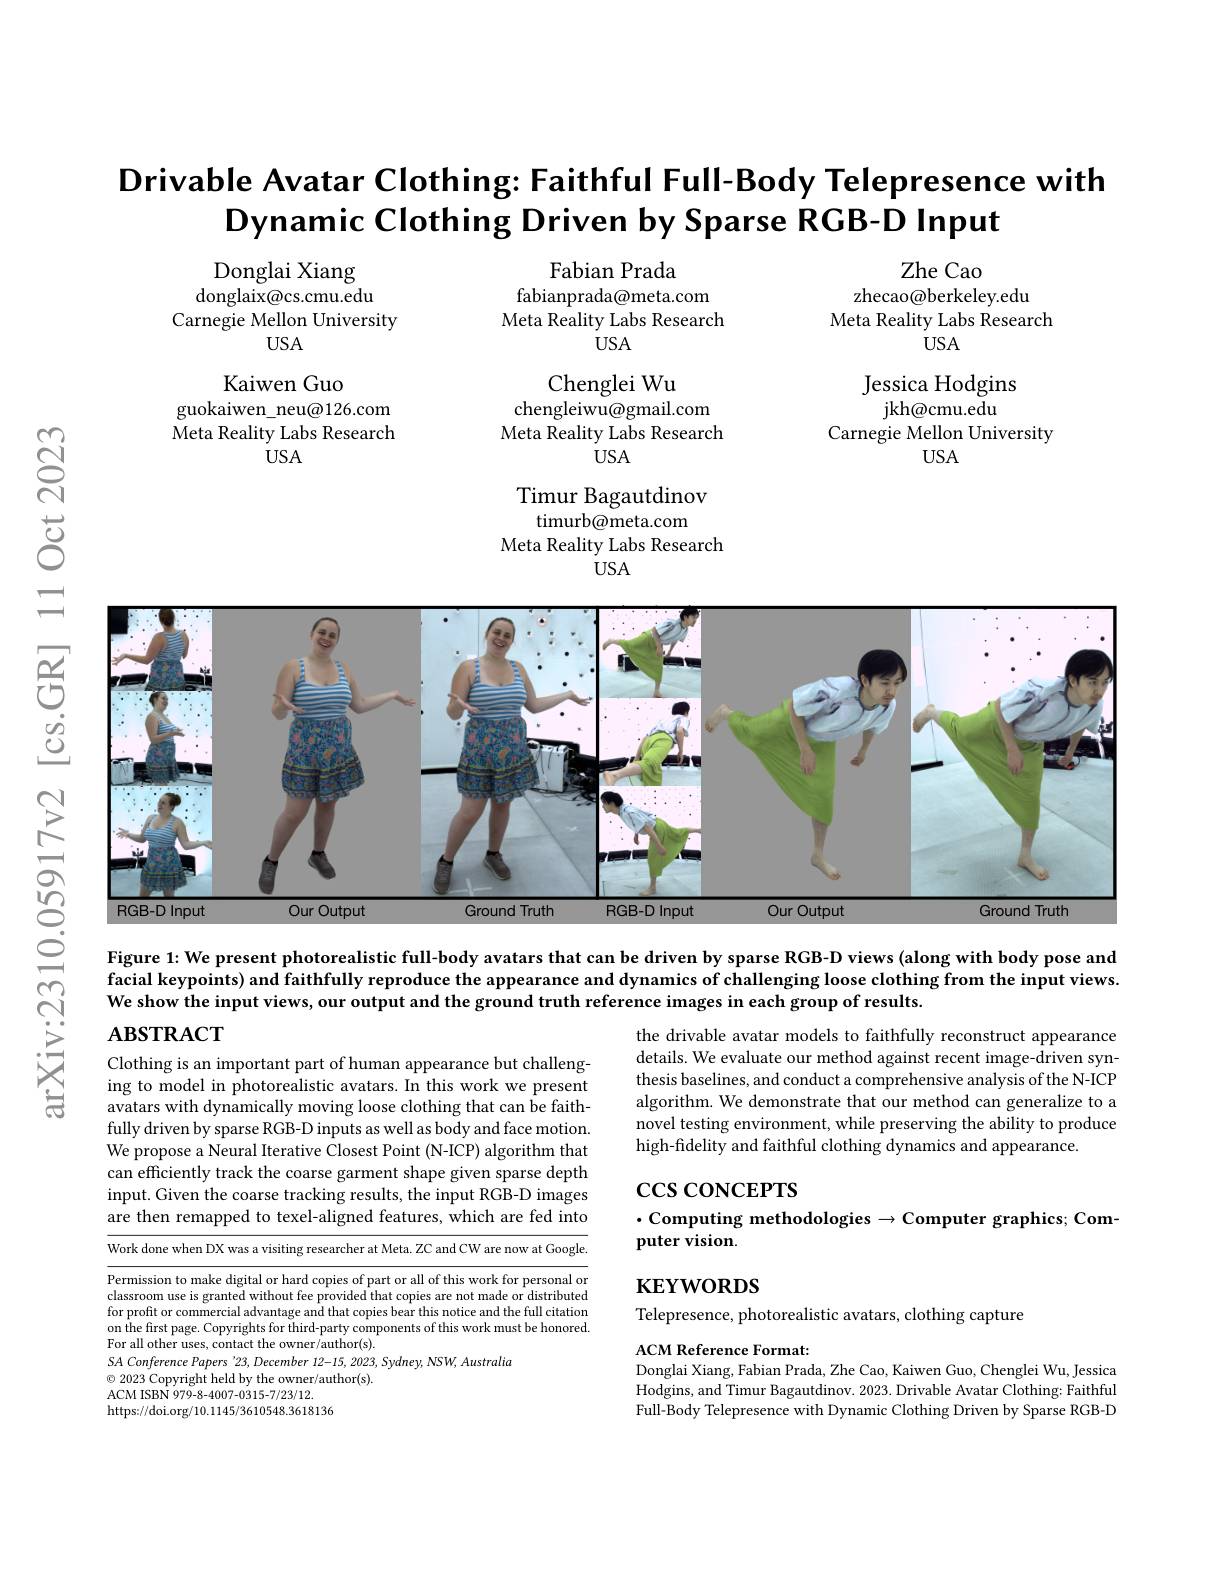
Drivable Avatar Clothing: Faithful Full-Body Telepresence with
Dynamic Clothing Driven by Sparse RGB-D Input

Fabian Prada
fabianprada@meta.com $\begin{array}{c}{\text{Meta Reality Labs Research}}\\{\mathrm{USA}}\end{array}$

Donglai Xiang donglaix@cs.cmu.edu
Carnegie Mellon University
USA

Zhe Cao
zhecao@berkeley.edu
Meta Reality Labs Research
USA

Chenglei Wu

chengleiwu@gmail.com

Kaiwen Guo
guokaiwen\_neu@126.com Meta Reality Labs Research
USA

Jessica Hodgins
jkh@ cmu. edu
Carnegie Mellon University
$USA$

Meta Reality Labs Research

USA

Timur Bagautdinov

timurb@meta.com

Meta Reality Labs Research

USA

<FigureHere>

Figure 1: We present photorealistic full-body avatars that can be driven by sparse RGB-D views (along with body pose and facial keypoints) and faithfully reproduce the appearance and dynamics of challenging loose clothing from the input views. We show the input views, our output and the ground truth reference images in each group of results.

### $\mathbf{ABSTRACT}$

the drivable avatar models to faithfully reconstruct appearance details. We evaluate our method against recent image-driven synthesis baselines, and conduct a comprehensive analysis of the N-ICP algorithm. We demonstrate that our method can generalize to a novel testing environment, while preserving the ability to produce high-fidelity and faithful clothing dynamics and appearance.

Clothing is an important part of human appearance but challenging to model in photorealistic avatars. In this work we present avatars with dynamically moving loose clothing that can be faithfully driven by sparse RGB-D inputs as well as body and face motion. We propose a Neural Iterative Closest Point (N-ICP) algorithm that can efficiently track the coarse garment shape given sparse depth input. Given the coarse tracking results, the input RGB-D images are then remapped to texel-aligned features, which are fed into

$\csc\cos$coNCEPTS
$\cdot$Computing methodologies$\to$Computer graphics; Com-
puter vision

$\overline{\text{Work done when DX was a visiting researcher at Meta.ZC and CW are now at Google}}$

$\mathbf{KEYWORDS}$

Telepresence, photorealistic avatars, clothing capture

Permission to make digital or hard copies of part or all of this work for personal or classroom use is granted without fee provided that copies are not made or distributed for profit or commercial advantage and that copies bear this notice and the full citation on the first page. Copyrights for third-party components of this work must be honored For all other uses, contact the owner/author(s).
SA Conference Papers '23, December 12-15, 2023, Sydney, NSW, Australia
$\textcircled{\circ}$ 2023 Copyright held by the owner/author(s).
ACM ISBN 979- 8- 4007- 0315- 7/ 23/ 12. https://doi.org/10.1145/3610548.3618136

ACM Reference Format:
Donglai Xiang, Fabian Prada, Zhe Cao, Kaiwen Guo, Chenglei Wu, Jessica Hodgins, and Timur Bagautdinov. 2023. Drivable Avatar Clothing: Faithful Full-Body Telepresence with Dynamic Clothing Driven by Sparse RGB-D